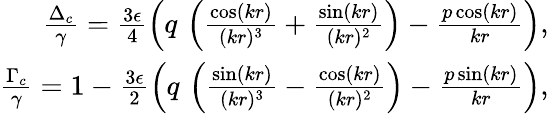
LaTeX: \begin{array}{r}{\frac{\Delta_{c}}{\gamma}=\frac{3\epsilon}{4}\left(q\, \left(\frac{\cos(kr)}{(kr)^{3}}+\frac{\sin(kr)}{(kr)^{2}}\right)-\frac{p\cos(kr)}{kr}\right),}\\ {\frac{\Gamma_{c}}{\gamma}=1-\frac{3\epsilon}{2}\left(q\, \left(\frac{\sin(kr)}{(kr)^{3}}-\frac{\cos(kr)}{(kr)^{2}}\right)-\frac{p\sin(kr)}{kr}\right),}\end{array}